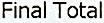
FINAL TOTAL